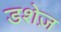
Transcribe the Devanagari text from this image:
डशेज़